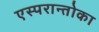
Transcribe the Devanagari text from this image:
एस्परान्तोका